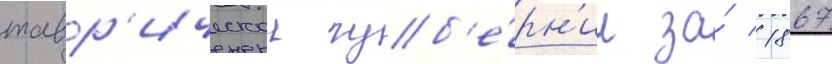
тавр'ическои губ'е́рн'ии за́ 1867